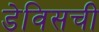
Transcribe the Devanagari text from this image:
डेविसची